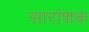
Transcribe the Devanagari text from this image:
सारांशक